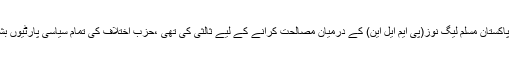
اب صورت حال یہ ہے کہ مولانا فضل کو ، جنہوں نے پی پی پی اور پاکستان مسلم لیگ نوز(پی ایم ایل این) کے درمیان مصالحت کرانے کے لیے ثالثی کی تھی ،حزب اختلاف کی تمام سیاسی پارٹیوں بشمول پی ایم ایل این کی حمایت حاصل ہے جبکہ پی پی پی تنہا پڑ گئی۔